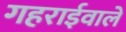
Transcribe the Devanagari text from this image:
गहराईवाले